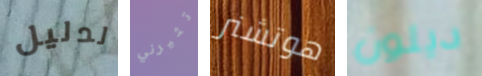
لدليل تثيرني هوتشنر ديلون